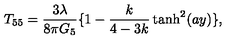
T _ { 5 5 } = \frac { 3 \lambda } { 8 \pi G _ { 5 } } \{ 1 - \frac { k } { 4 - 3 k } \tanh ^ { 2 } ( a y ) \} ,